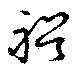
裕